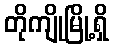
တိုကျိုမြို့ရှိ